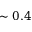
\sim 0 . 4